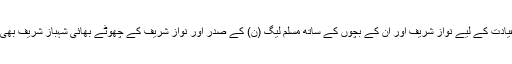
بیگم کلثوم نواز کی عیادت کے لیے نواز شریف اور ان کے بچوں کے ساتھ مسلم لیگ (ن) کے صدر اور نواز شریف کے چھوٹے بھائی شہباز شریف بھی لندن میں موجود ہیں۔